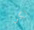
لكن